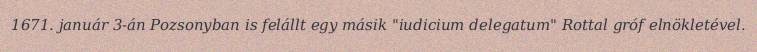
1671. január 3-án Pozsonyban is felállt egy másik "iudicium delegatum" Rottal gróf elnökletével.